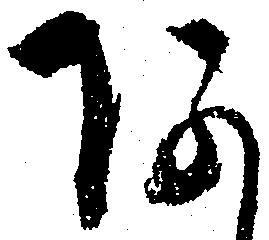
あ